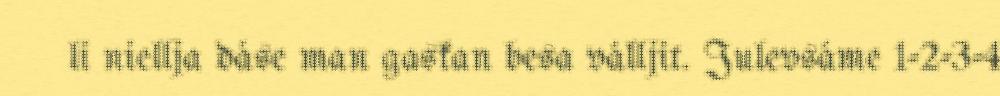
li niellja dáse man gaskan besa válljit. Julevsáme 1-2-3-4